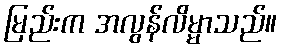
မြည်းက အလွန်လိမ္မာသည်။